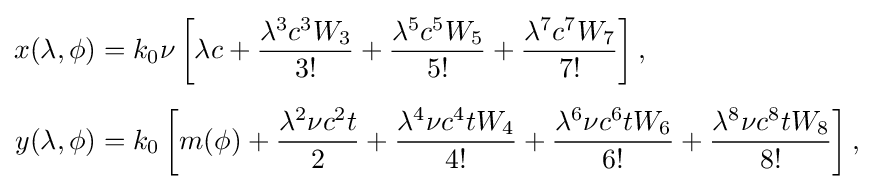
{\begin{aligned}x(\lambda ,\phi )&=k_{0}\nu \left[\lambda c+{\frac {\lambda ^{3}c^{3}W_{3}}{3!}}+{\frac {\lambda ^{5}c^{5}W_{5}}{5!}}+{\frac {\lambda ^{7}c^{7}W_{7}}{7!}}\right],\\[1ex]y(\lambda ,\phi )&=k_{0}\left[m(\phi )+{\frac {\lambda ^{2}\nu c^{2}t}{2}}+{\frac {\lambda ^{4}\nu c^{4}tW_{4}}{4!}}+{\frac {\lambda ^{6}\nu c^{6}tW_{6}}{6!}}+{\frac {\lambda ^{8}\nu c^{8}tW_{8}}{8!}}\right],\end{aligned}}